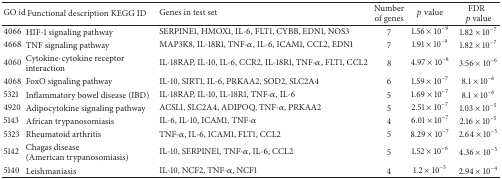
<table><thead><tr><td><b>GO id</b></td><td><b>Functional description KEGG ID</b></td><td><b>Genes in test set</b></td><td><b>Number of genes</b></td><td><b><i>p</i> value</b></td><td><b>FDR<i>p</i> value</b></td></tr></thead><tbody><tr><td>4066</td><td>HIF-1 signaling pathway </td><td>SERPINE1, HMOX1, IL-6, FLT1, CYBB, EDN1, NOS3</td><td>7</td><td>1.56 × 10<sup>−9</sup></td><td>1.82 × 10<sup>−7</sup></td></tr><tr><td>4668</td><td>TNF signaling pathway </td><td>MAP3K8, IL-18R1, TNF-<i>α</i>, IL-6, ICAM1, CCL2, EDN1</td><td>7</td><td>1.91 × 10<sup>−9</sup></td><td>1.82 × 10<sup>−7</sup></td></tr><tr><td>4060</td><td>Cytokine-cytokine receptor interaction</td><td>IL-18RAP, IL-10, IL-6, CCR2, IL-18R1, TNF-<i>α</i>, FLT1, CCL2</td><td>8</td><td>4.97 × 10<sup>−8</sup></td><td>3.56 × 10<sup>−6</sup></td></tr><tr><td>4068</td><td>FoxO signaling pathway</td><td>IL-10, SIRT1, IL-6, PRKAA2, SOD2, SLC2A4</td><td>6</td><td>1.59 × 10<sup>−7</sup></td><td>8.1 × 10<sup>−6</sup></td></tr><tr><td>5321</td><td>Inflammatory bowel disease (IBD)</td><td>IL-18RAP, IL-10, IL-18R1, TNF-<i>α</i>, IL-6</td><td>5</td><td>1.69 × 10<sup>−7</sup></td><td>8.1 × 10<sup>−6</sup></td></tr><tr><td>4920</td><td>Adipocytokine signaling pathway</td><td>ACSL1, SLC2A4, ADIPOQ, TNF-<i>α</i>, PRKAA2</td><td>5</td><td>2.51 × 10<sup>−7</sup></td><td>1.03 × 10<sup>−5</sup></td></tr><tr><td>5143</td><td>African trypanosomiasis</td><td>IL-6, IL-10, ICAM1, TNF-<i>α</i></td><td>4</td><td>6.01 × 10<sup>−7</sup></td><td>2.16 × 10<sup>−5</sup></td></tr><tr><td>5323</td><td>Rheumatoid arthritis</td><td>TNF-<i>α</i>, IL-6, ICAM1, FLT1, CCL2</td><td>5</td><td>8.29 × 10<sup>−7</sup></td><td>2.64 × 10<sup>−5</sup></td></tr><tr><td>5142</td><td>Chagas disease (American trypanosomiasis)</td><td>IL-10, SERPINE1, TNF-<i>α</i>, IL-6, CCL2</td><td>5</td><td>1.52 × 10<sup>−6</sup></td><td>4.36 × 10<sup>−5</sup></td></tr><tr><td>5140</td><td>Leishmaniasis</td><td>IL-10, NCF2, TNF-<i>α</i>, NCF1</td><td>4</td><td>1.2 × 10<sup>−5</sup></td><td>2.94 × 10<sup>−4</sup></td></tr></tbody></table>